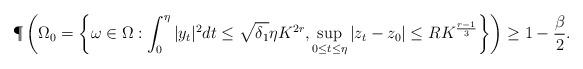
LaTeX: \begin{align*}\P\left(\Omega_0 = \left\{\omega \in \Omega: \int_0^\eta |y_t|^2 dt \le \sqrt{\delta_1}\eta K^{2r}, \sup_{0 \le t \le \eta}|z_t-z_0| \le RK^{\frac{r-1}{3}}\right\} \right) \ge 1-\frac{\beta}{2}.\end{align*}